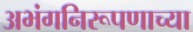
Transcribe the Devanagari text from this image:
अभंगनिरूपणाच्या